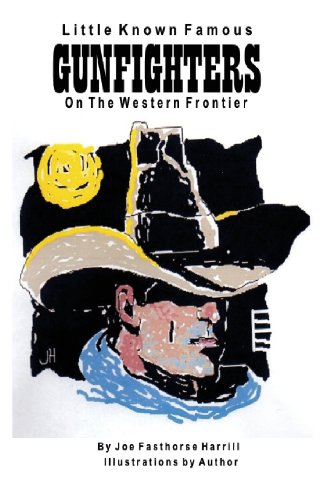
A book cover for Little Known Famous Gunfighters; Joe Fasthorse Harrill; Children's Books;